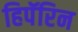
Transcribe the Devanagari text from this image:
हिपॅरिन